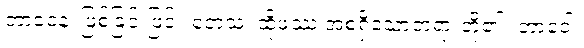
ဘာဝေန၊ ဖြစ်ခြင်းဖြင့်။ တေသံ၊ ထိုဖဿ အစရှိသောတရားတို့၏။ ဘာဝေါ၊